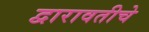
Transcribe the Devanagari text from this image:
द्वारावतीचे